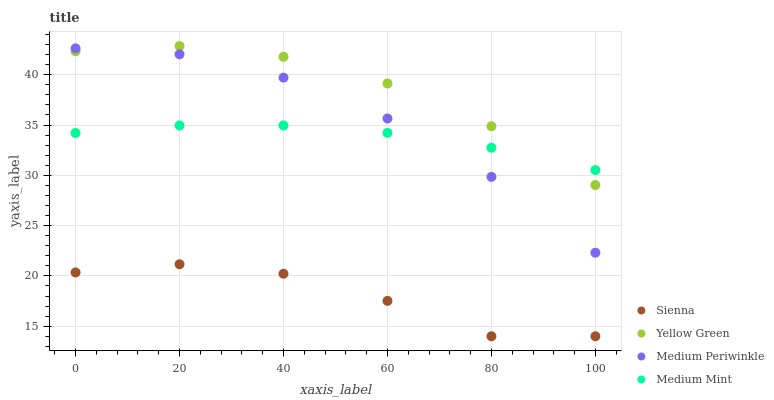
| xaxis_label | Sienna | Yellow Green | Medium Periwinkle | Medium Mint |
 | --- | --- | --- | --- | --- |
 | 0 | 20.3 | 42.3 | 42.6 | 34.2 |
 | 20 | 21.2 | 42.9 | 42 | 35 |
 | 40 | 20.2 | 41.8 | 39.7 | 35 |
 | 60 | 17.5 | 39.1 | 35.6 | 34.2 |
 | 80 | 14 | 34.9 | 29.8 | 32.7 |
 | 100 | 14 | 29 | 22.3 | 30.5 |